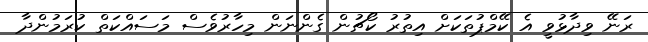
ރަނޭ ވިދާޅުވީ އެ ކޭމްޕުތަކަށް އިތުރު ކޯޗުން ގެންނަން މިހާރުވެސް މަސައްކަތް ކުރަމުންދާ